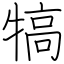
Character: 犒